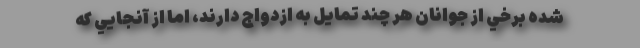
شده برخي از جوانان هر چند تمايل به ازدواج دارند، اما از آنجايي كه